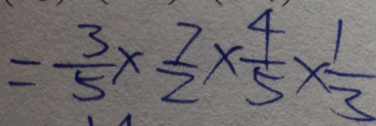
= \frac { 3 } { 5 } \times \frac { 7 } { 2 } \times \frac { 4 } { 5 } \times \frac { 1 } { 3 }